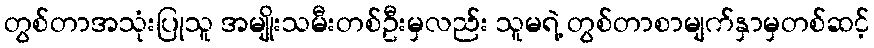
တွစ်တာအသုံးပြုသူ အမျိုးသမီးတစ်ဦးမှလည်း သူမရဲ့ တွစ်တာစာမျက်နှာမှတစ်ဆင့်